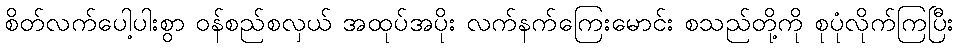
စိတ်လက်ပေါ့ပါးစွာ ဝန်စည်စလှယ် အထုပ်အပိုး လက်နက်ကြေးမောင်း စသည်တို့ကို စုပုံလိုက်ကြပြီး